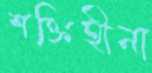
শক্তিহীনা